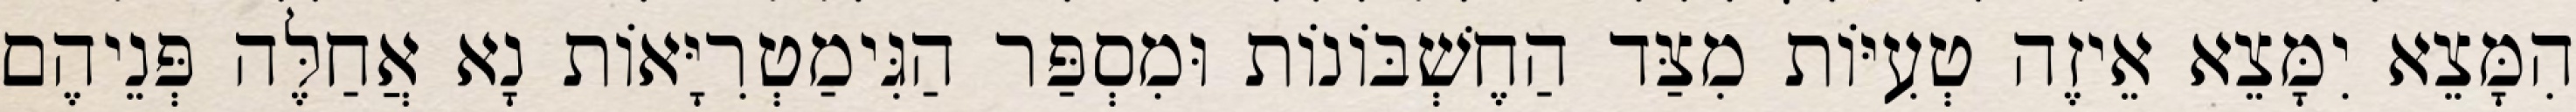
הִמָּצֵא יִמָּצֵא אֵיזֶה טְעִיּוֹת מִצַּד הַחֶשְׁבּוֹנוֹת וּמִסְפַּר הַגִּימַטְרִיָּאוֹת נָא אֲחַלֶּה פְּנֵיהֶם